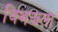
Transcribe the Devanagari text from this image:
विभझता